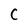
Character: C